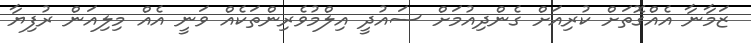
ޒަމާނާ އެއްގޮތަށް ކުރިއަށް ގެންދިއުމަށް ސައުދީ އިލްމުވެރިންތަކެއް ވަނީ އެއް މިލިއަން ރުފިޔާ